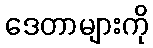
ဒေတာများကို